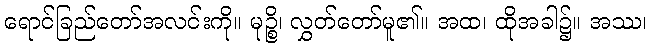
ရောင်ခြည်တော်အလင်းကို။ မုဉ္စိ၊ လွှတ်တော်မူ၏။ အထ၊ ထိုအခါ၌။ အဿ၊